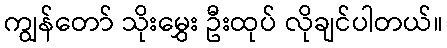
ကျွန်တော် သိုးမွှေး ဦးထုပ် လိုချင်ပါတယ်။